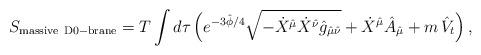
LaTeX: \begin{align*}S_{\rm massive\ D0-brane}=T\int d\tau\,\Big(e^{-3\hat{\phi}/4}\sqrt{-\dot{X}^{\hat{\mu}}\dot{X}^{\hat{\nu}} \hat{g}_{\hat{\mu}\hat{\nu}}}+\dot{X}^{\hat{\mu}} \hat{A}_{\hat{\mu}}+m\,\hat{V}_t\Big)\,,\end{align*}